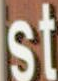
st